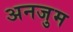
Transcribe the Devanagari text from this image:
अनजुम